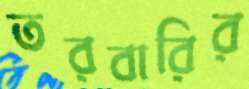
তরবারির